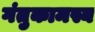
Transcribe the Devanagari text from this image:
गंतुकामस्य